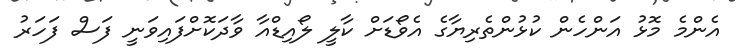
އެންމެ މޮޅު އަންހެން ކުޅުންތެރިޔާގެ އެވޯޑަށް ކާލީ ލޯއިޑްއާ ވާދަކޮށްފައިވަނީ ފަސް ފަހަރު